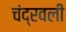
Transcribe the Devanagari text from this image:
चंद्रवली